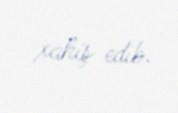
xahiş edib.